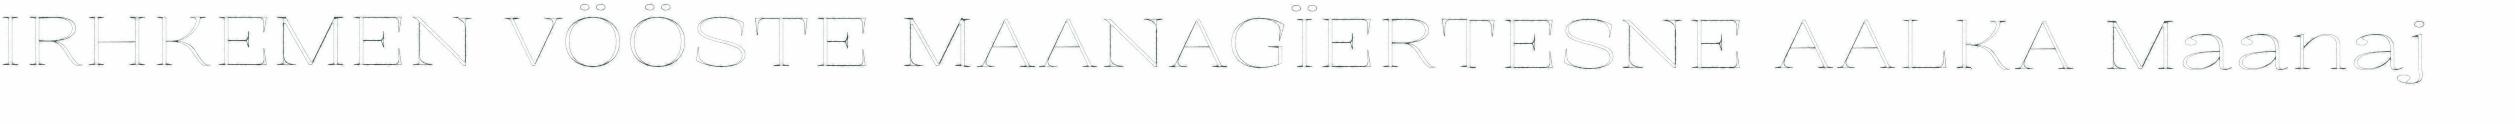
IRHKEMEN VÖÖSTE MAANAGÏERTESNE AALKA Maanaj